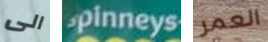
الى spinneys العمر